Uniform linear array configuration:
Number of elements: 64
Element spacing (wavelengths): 0.5
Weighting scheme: uniform
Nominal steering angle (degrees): -30
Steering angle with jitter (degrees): -30.754
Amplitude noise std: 0.05
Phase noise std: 0.05

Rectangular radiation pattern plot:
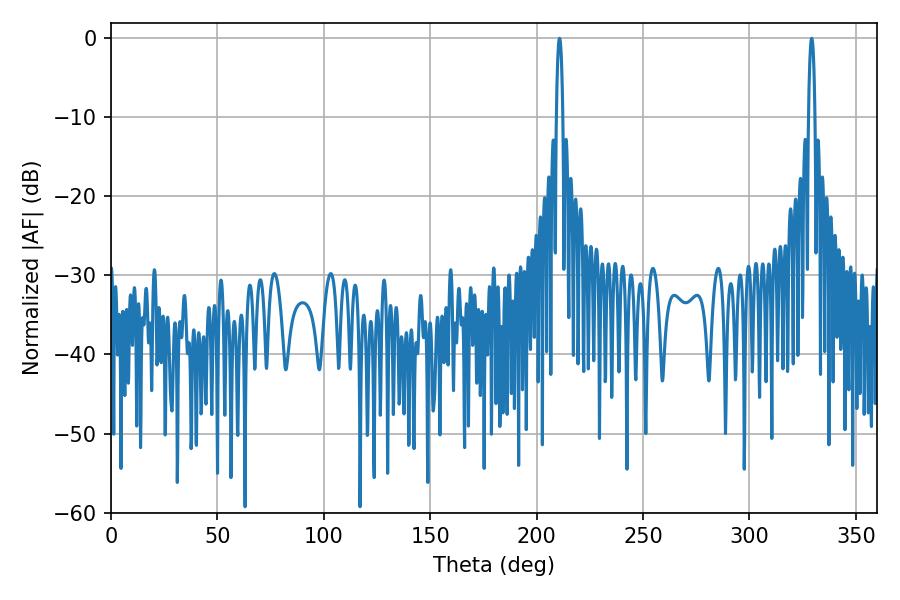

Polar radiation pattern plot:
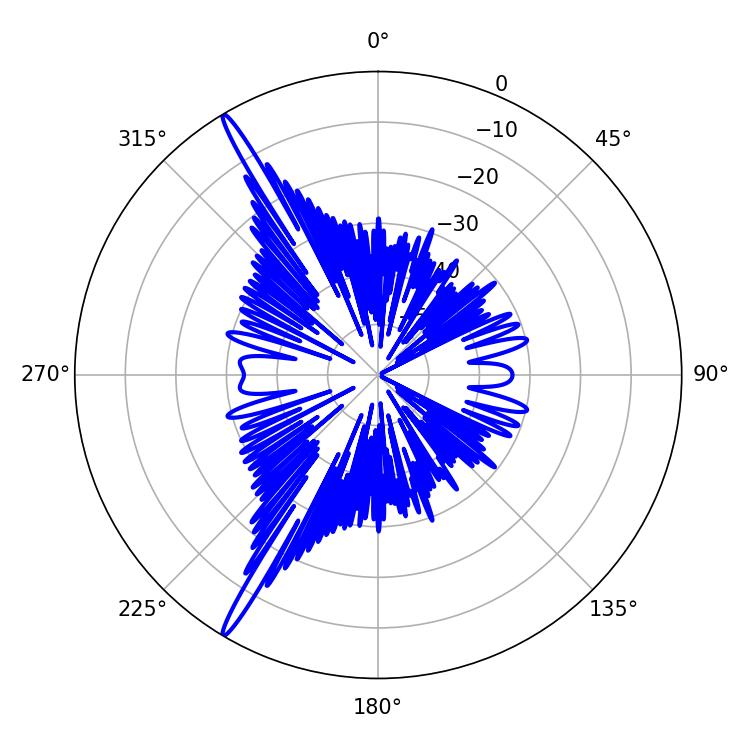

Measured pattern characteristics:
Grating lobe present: FALSE
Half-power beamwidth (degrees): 1.62
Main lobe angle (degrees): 329.22